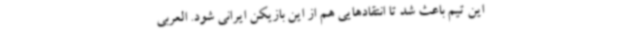
این تیم باعث شد تا انتقادهایی هم از این بازیکن ایرانی شود. العربی